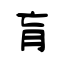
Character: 肓